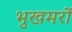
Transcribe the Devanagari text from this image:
भुखमरों